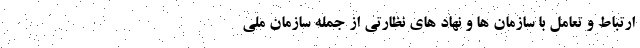
ارتباط و تعامل با سازمان ها و نهاد های نظارتی از جمله سازمان ملی